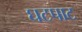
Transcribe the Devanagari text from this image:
घटपाट